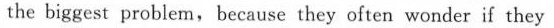
the biggest problem,because they often wonder if they